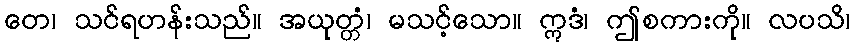
တေ၊ သင်ရဟန်းသည်။ အယုတ္တံ၊ မသင့်သော။ ဣဒံ၊ ဤစကားကို။ လပသိ၊